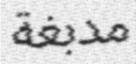
مدبغة